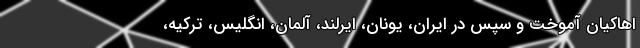
اهاکیان آموخت و سپس در ایران، یونان، ایرلند، آلمان، انگلیس، ترکیه،